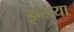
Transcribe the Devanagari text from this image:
इन्डया